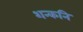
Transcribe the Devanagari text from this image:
शन्कनि